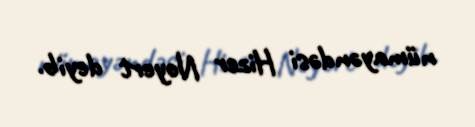
nümayəndəsi Hizer Noyert deyib.